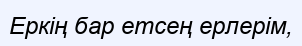
Еркің бар етсең ерлерім,